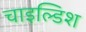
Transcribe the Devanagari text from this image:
चाइल्डिश